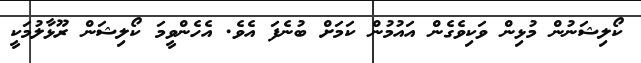
ކޯލިޝަނުން މުޅިން ވަކިވެގެން އައުމުން ކަމަށް ބުނެފަ އެވެ. އެހެންވީމަ ކޯލިޝަން ރޫޅާލުމަކީ